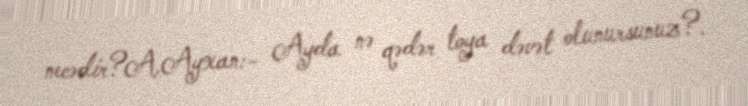
necədir?A.Ayxan:- Ayda nə qədər toya dəvət olunursunuz?.